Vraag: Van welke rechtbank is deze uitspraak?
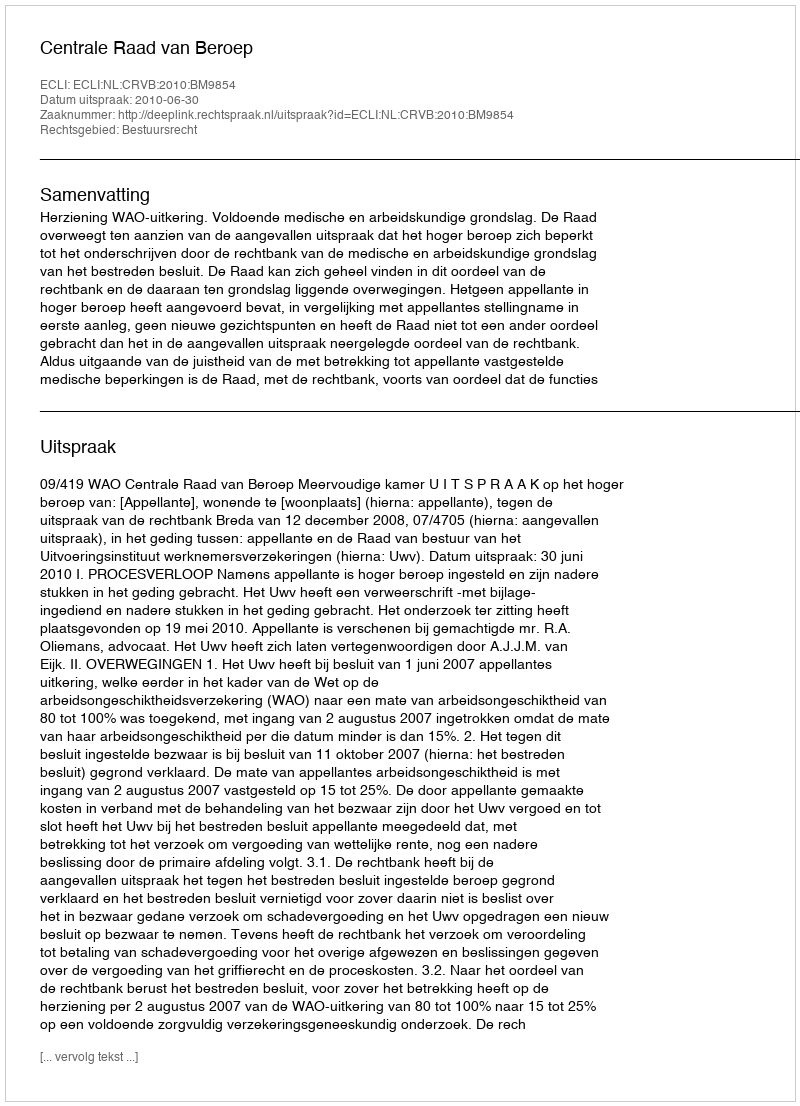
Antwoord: Centrale Raad van Beroep